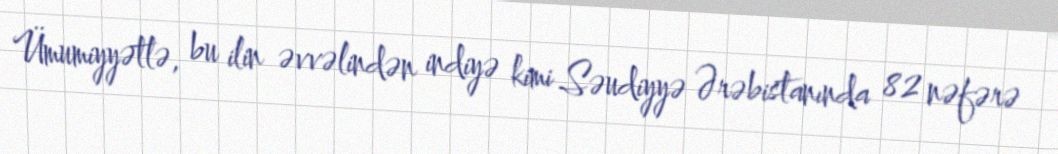
Ümumiyyətlə, bu ilin əvvəlindən indiyə kimi Səudiyyə Ərəbistanında 82 nəfərə